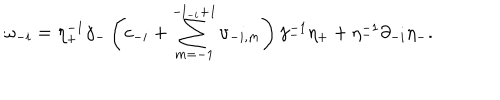
LaTeX: \omega _ { - i } = \eta _ { + } ^ { - 1 } \gamma _ { - } \left( c _ { - i } + \sum _ { m = - 1 } ^ { - l _ { - i } + 1 } \upsilon _ { - i , m } \right) \gamma _ { - } ^ { - 1 } \eta _ { + } + \eta _ { - } ^ { - 1 } \partial _ { - i } \eta _ { - } .